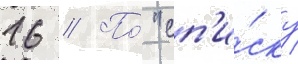
16 // По́ "сп'и́ску